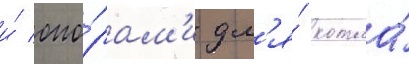
и́ опо́рам'и дл'я́ котла́